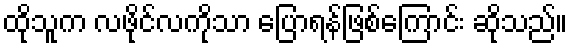
ထိုသူက လဖိုင်လကိုသာ ပြောရန်ဖြစ်ကြောင်း ဆိုသည်။